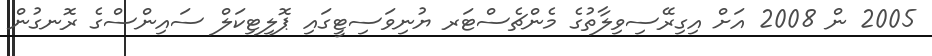
2005 ން 2008 އަށް އިގިރޭސިވިލާތުގެ މެންޗެސްޓަރ ޔުނިވަސިޓީގައި ޕޮލިޓިކަލް ސައިންސްގެ ރޮނގުން